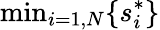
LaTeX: \textrm{min}_{i=1,N}\{ s_{i}^{*}\}